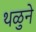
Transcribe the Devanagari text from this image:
थळुने